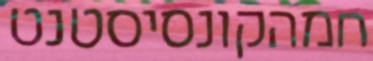
חמהקונסיסטנט